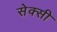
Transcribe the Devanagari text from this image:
सेक्‍सी